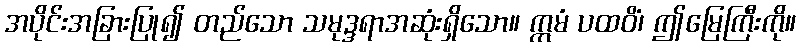
အပိုင်းအခြားပြု၍ တည်သော သမုဒ္ဒရာအဆုံးရှိသော။ ဣမံ ပထဝိံ၊ ဤမြေကြီးကို။